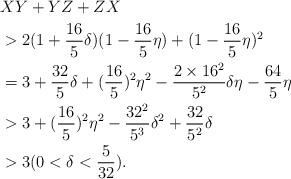
LaTeX: \begin{align*}& XY+YZ+ZX\\& >2(1+\frac{16}{5}\delta)(1-\frac{16}{5}\eta)+(1-\frac{16}{5}\eta)^{2}\\& =3+\frac{32}{5}\delta+(\frac{16}{5})^{2}\eta^{2}-\frac{2\times16^{2}}{5^{2}}\delta\eta-\frac{64}{5}\eta\\& >3+(\frac{16}{5})^{2}\eta^{2}-\frac{32^{2}}{5^{3}}\delta^{2}+\frac{32}{5^{2}}\delta\\& >3(0<\delta<\frac{5}{32}).\end{align*}